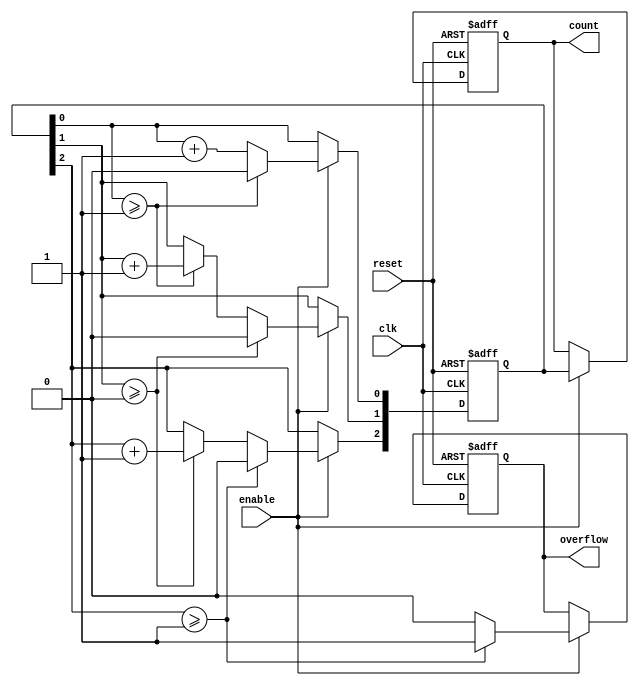
module mixed_radix_counter (
    input wire clk,             // Clock input
    input wire reset,           // Asynchronous reset
    input wire enable,          // Enable counting
    output reg [N-1:0] count,   // Current count output
    output reg overflow         // Overflow indicator
);
    parameter N = 3;            // Number of digits
    parameter [N-1:0] radix = {2, 3, 5}; // Radix values for each digit

    reg [N-1:0] digit;          // Array to hold the current digit values
    integer i;

    always @(posedge clk or posedge reset) begin
        if (reset) begin
            // Reset all digits to 0
            for (i = 0; i < N; i = i + 1) begin
                digit[i] <= 0;
            end
            count <= 0;
            overflow <= 0;
        end else if (enable) begin
            // Increment the counter
            digit[0] <= digit[0] + 1;
            for (i = 0; i < N; i = i + 1) begin
                if (digit[i] >= radix[i]) begin
                    digit[i] <= 0; // Reset current digit
                    if (i < N-1) begin
                        digit[i+1] <= digit[i+1] + 1; // Increment next digit
                    end
                end
            end
            
            // Update count output
            count <= {digit[N-1], digit[N-2], digit[N-3]}; // Concatenate digits
            
            // Check for overflow
            if (digit[N-1] >= radix[N-1]) begin
                overflow <= 1; // Set overflow if the most significant digit exceeds its radix
            end else begin
                overflow <= 0;
            end
        end
    end
endmodule